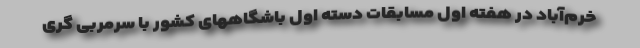
خرم‌آباد در هفته اول مسابقات دسته اول باشگاههای کشور با سرمربی گری